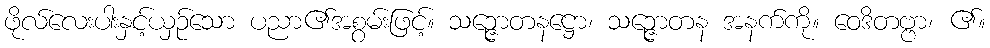
ဖိုလ်လေးပါးနှင့်ယှဉ်သော ပညာ၏အစွမ်းဖြင့်။ သဉ္ဇောတနဋ္ဌော၊ သဉ္ဇောတန အနက်ကို။ ဝေဒိတဗ္ဗာ၊ ၏။